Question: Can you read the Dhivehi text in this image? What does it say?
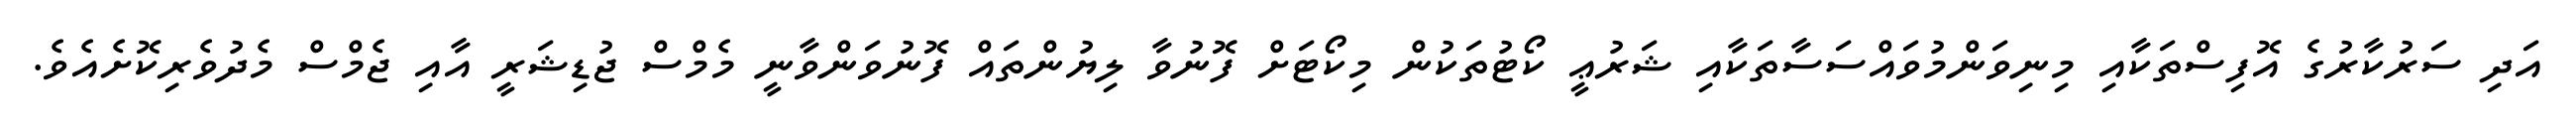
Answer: އަދި ސަރުކާރުގެ އޮފިސްތަކާއި މިނިވަންމުވައްސަސާތަކާއި ޝަރުޢީ ކޯޓުތަކުން މިކޯޓަށް ފޮނުވާ ލިޔުންތައް ފޮނުވަންވާނީ މެމްސް ޖުޑިޝަރީ އާއި ޖެމްސް މެދުވެރިކޮށެއެވެ.